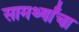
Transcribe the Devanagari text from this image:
सामर्थ्यांचा